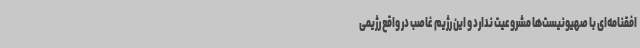
افقنامه‌ای با صهیونیست‌ها مشروعیت ندارد و این رژیم غاصب در واقع رژیمی